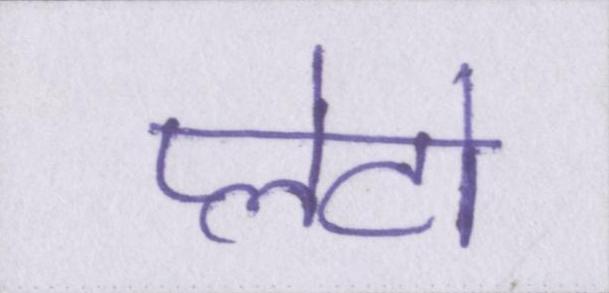
प्लेटो